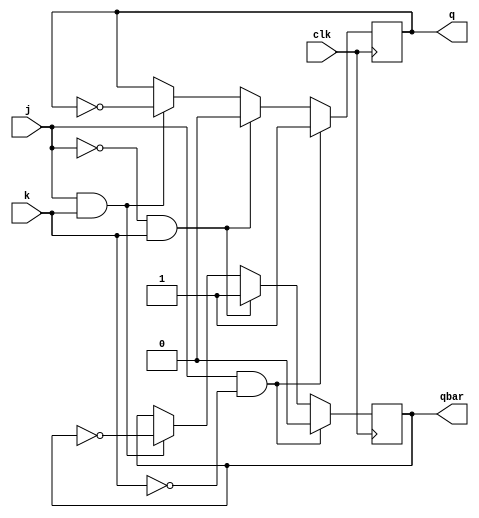
module jk_flipflop (
    input j, 
    input k, 
    input clk,
    output reg q, 
    output reg qbar
);

always @(posedge clk) begin
    if (j & ~k) begin
        q <= 1;
        qbar <= 0;
    end else if (~j & k) begin
        q <= 0;
        qbar <= 1;
    end else if (j & k) begin
        q <= ~q;
        qbar <= ~qbar;
    end else begin
        q <= q;
        qbar <= qbar;
    end
end

endmodule